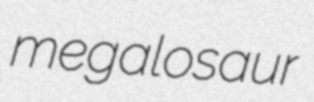
megalosaur